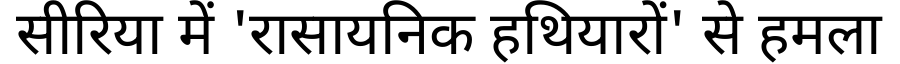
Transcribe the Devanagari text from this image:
सीरिया में 'रासायनिक हथियारों' से हमला